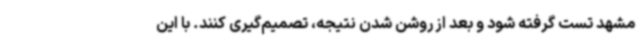
مشهد تست گرفته شود و بعد از روشن شدن نتیجه، تصمیم‌گیری کنند. با این